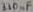
Text: 330µF